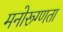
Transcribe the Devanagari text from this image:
मनोरूग्णता